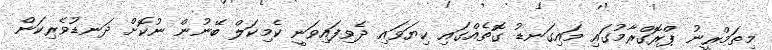
މިތަމްރީނު ޕްރޮގްރާމުގައި މައިގަނޑު ގޮތެއްގައި ކިޔަވައި ދެވިފައިވަނީ ކެމިކަލް ބޭނުން ނުކޮށް ދަނޑުވެރިކަން